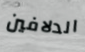
الدلافين